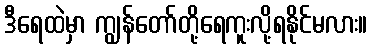
ဒီရေထဲမှာ ကျွန်တော်တို့ရေကူးလို့ရနိုင်မလား။